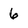
Character: 6